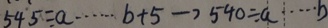
5 4 5 \div a \cdots b + 5 \rightarrow 5 4 0 \div a \cdots b